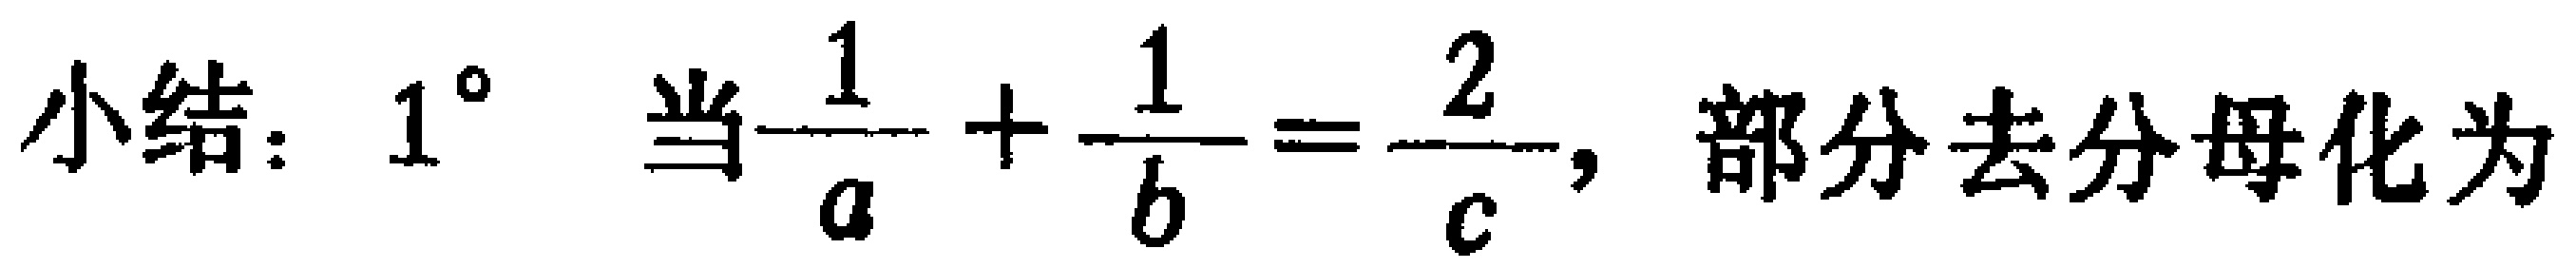
小结：$1^{\circ}$ 当$\frac{1}{a}+\frac{1}{b}=\frac{2}{c}$，部分去分母化为